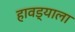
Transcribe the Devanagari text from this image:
हावड्याला